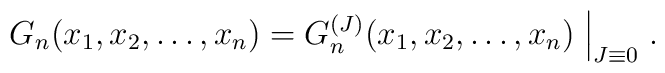
G_n(x_1,x_2,\dots,x_n)=G_n^{(J)}(x_1,x_2,\dots,x_n)\Bigm|_{J\equiv0}.